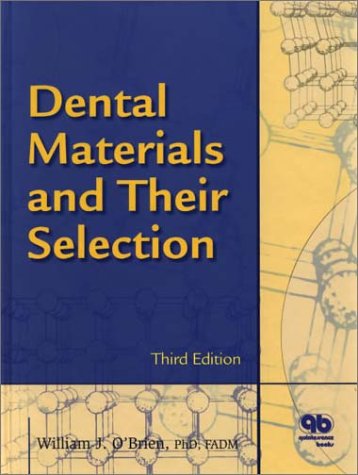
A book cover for Dental Materials and Their Selection; William J. O'Brien; Medical Books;